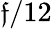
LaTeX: \mathfrak{f}/12